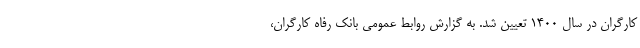
کارگران در سال 1400 تعیین شد. به گزارش روابط عمومی بانک رفاه کارگران،